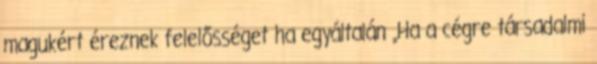
magukért éreznek felelősséget ha egyáltalán „Ha a cégre társadalmi